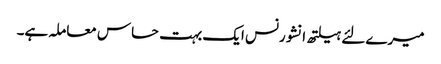
میرے لئے ہیلتھ انشورنس ایک بہت حساس معاملہ ہے۔